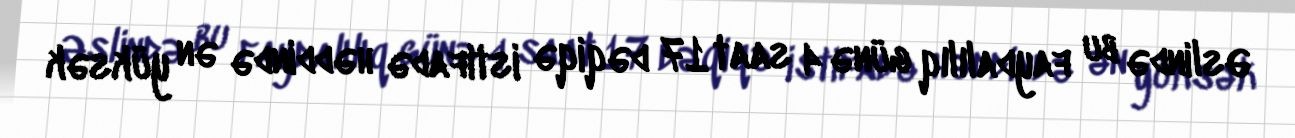
Əslində bu faydalılıq günə 4 saat 17 dəqiqə istifadə həddində ən yüksək